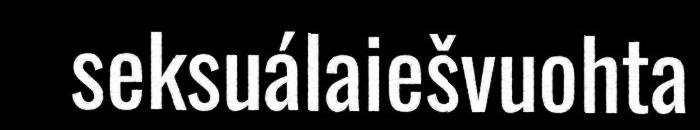
seksuálaiešvuohta